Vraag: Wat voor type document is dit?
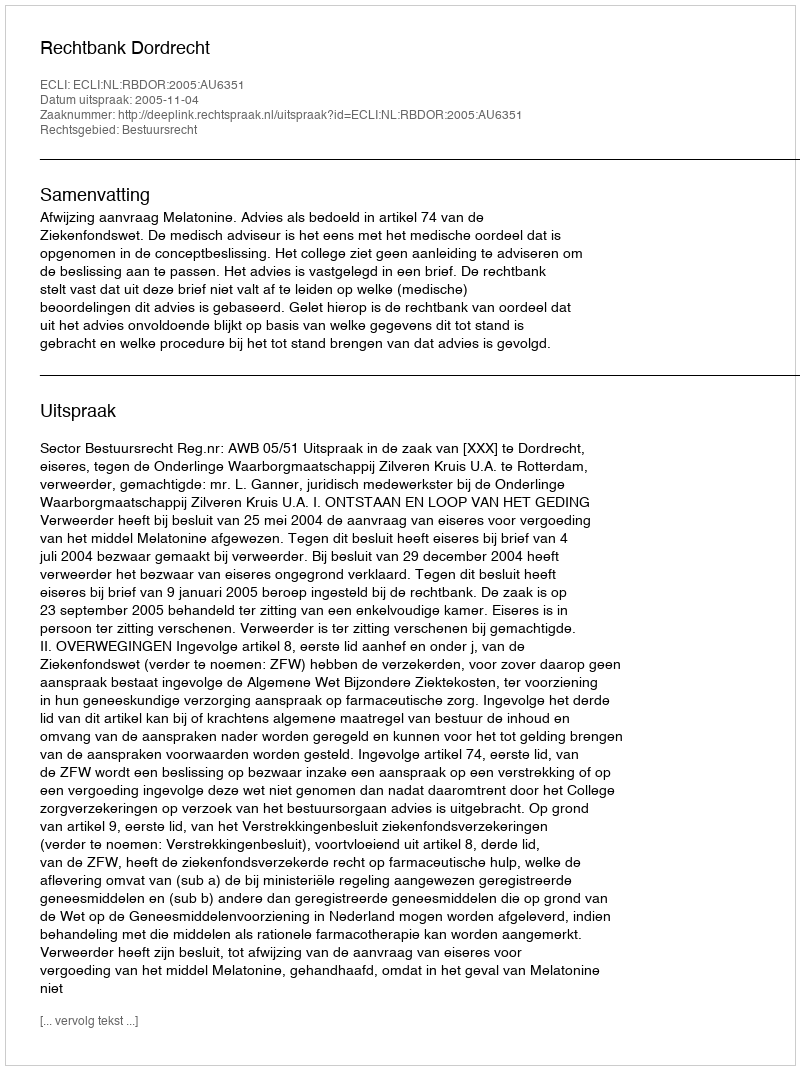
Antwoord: Uitspraak